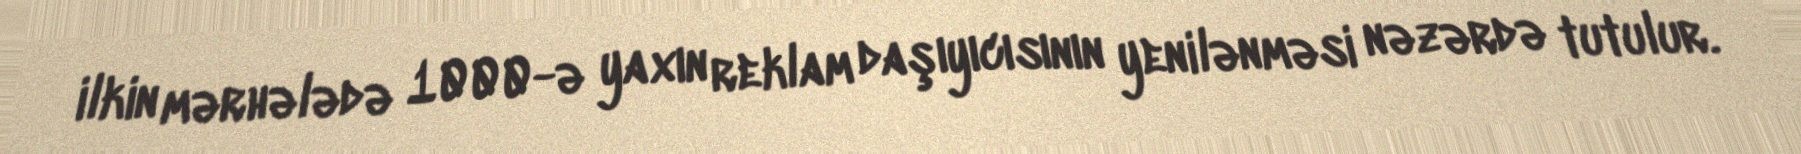
ilkin mərhələdə 1000-ə yaxın reklam daşıyıcısının yenilənməsi nəzərdə tutulur.